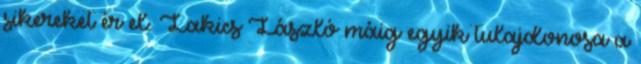
sikereket ér el. Lakics László máig egyik tulajdonosa a